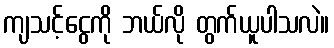
ကျသင့်ငွေကို ဘယ်လို တွက်ယူပါသလဲ။